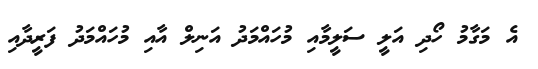
އެ މަގާމު ހޯދި އަލީ ސަލީމާއި މުހައްމަދު އަނިލް އާއި މުހައްމަދު ފަރީދާއި